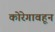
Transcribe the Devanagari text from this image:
कोरेगावहून